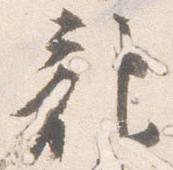
記